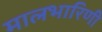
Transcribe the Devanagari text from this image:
मालभारिणी